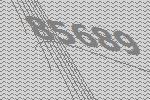
85689